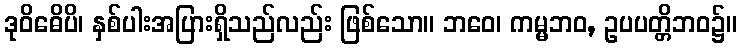
ဒုဝိဓေိပိ၊ နှစ်ပါးအပြားရှိသည်လည်း ဖြစ်သော။ ဘဝေ၊ ကမ္မဘဝ, ဥပပတ္တိဘဝ၌။